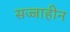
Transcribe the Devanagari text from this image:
सज्जाहीन